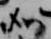
如